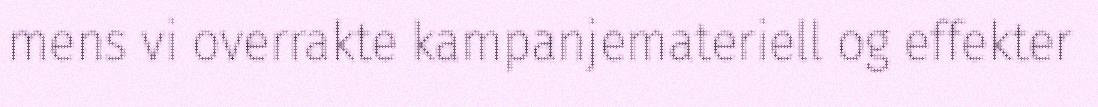
mens vi overrakte kampanjemateriell og effekter